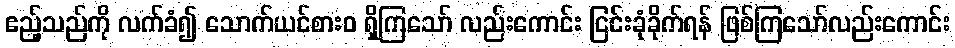
ဧည့်သည်ကို လက်ခံ၍ သောက်ယင်စားဝ ရှိကြသော် လည်းကောင်း ငြင်းခုံခိုက်ရန် ဖြစ်ကြသော်လည်းကောင်း